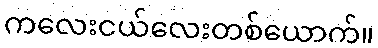
ကလေးငယ်လေးတစ်ယောက်။